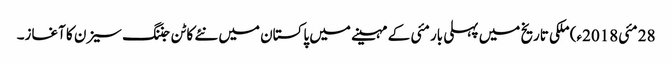
28 مئی2018ء) ملکی تاریخ میں پہلی بار مئی کے مہینے میں پاکستان میں نئے کاٹن جننگ سیزن کا آغاز۔